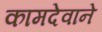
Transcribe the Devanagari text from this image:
कामदेवाने